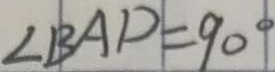
\angle B A D = 9 0 ^ { \circ }